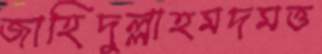
জাহিদুল্লাহমদমত্ত